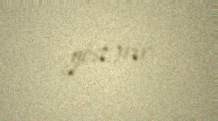
göstərir.